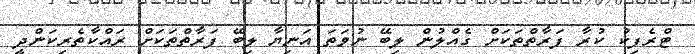
ޓްރެފިކު ކުރާ ފަރާތްތަކަށް ގެއްލުން ލިބޭ ނުވަތަ އަނިޔާ ލިބޭ ފަރާތްތަކަށް ރައްކާތެރިކަންދީ